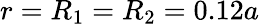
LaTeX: r=R_{1}=R_{2}=0.12a